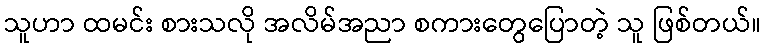
သူဟာ ထမင်း စားသလို အလိမ်အညာ စကားတွေပြောတဲ့ သူ ဖြစ်တယ်။